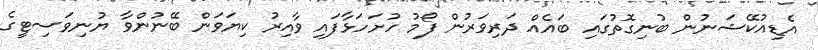
އެޑިއުކޭޝަނުން ބުނިގޮތުގައި ބައެއް ދަރިވަރުން ފޯމު ހުށަހަޅާފައި ވާއިރު ކިޔަވަން ބޭނުންވާ ޔުނިވަސިޓީގެ